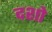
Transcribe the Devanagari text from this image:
दशो